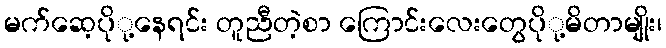
မက်ဆေ့ပိုု့နေရင်း တူညီတဲ့စာ ကြောင်းလေးတွေပိုု့မိတာမျိုး၊